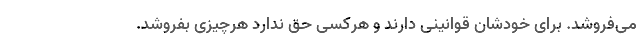
می‌فروشد. برای خودشان قوانینی دارند و هرکسی حق ندارد هرچیزی بفروشد.